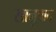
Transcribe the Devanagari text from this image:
सानुवाद